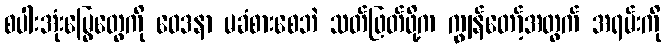
စပါးအုံးမြွေတွေကို ဝေဒနာ မခံစားစေဘဲ သတ်ဖြတ်ဖို့က ကျွန်တော့်အတွက် အရမ်းကို